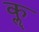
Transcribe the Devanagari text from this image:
कॣ